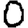
Digit: 0